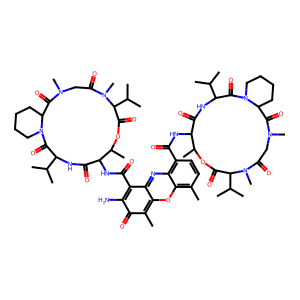
SMILES: Cc1c2oc3c(C)ccc(C(=O)NC4C(=O)NC(C(C)C)C(=O)N5CCCCC5C(=O)N(C)CC(=O)N(C)C(C(C)C)C(=O)OC4C)c3nc-2c(C(=O)NC2C(=O)NC(C(C)C)C(=O)N3CCCCC3C(=O)N(C)CC(=O)N(C)C(C(C)C)C(=O)OC2C)c(N)c1=O
Inhibits HIV replication: No